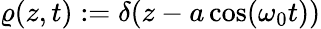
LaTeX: \varrho(z,t):=\delta(z-a\cos(\omega_{0}t))